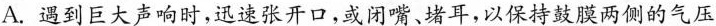
A. 遇到巨大声响时，迅速张开口，或闭嘴、堵耳，以保持鼓膜两侧的气压